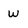
Character: w